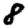
Digit: 8